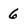
Character: 6